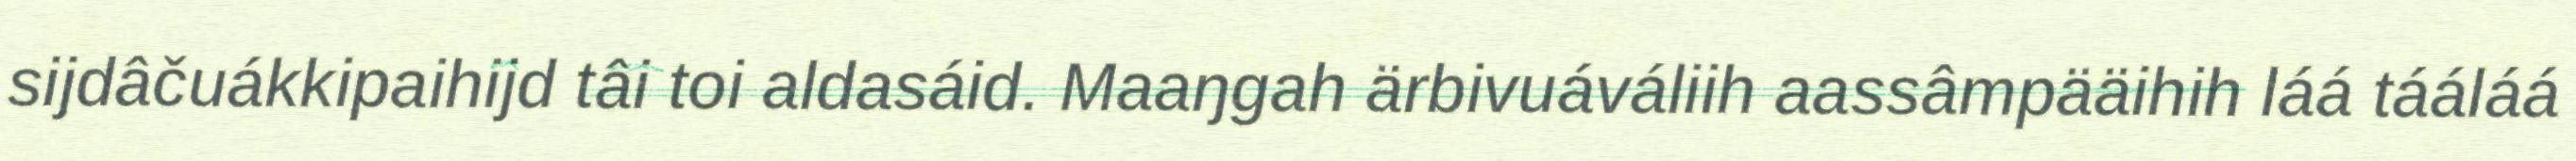
sijdâčuákkipaihijd tâi toi aldasáid. Maaŋgah ärbivuáváliih aassâmpääihih láá tááláá